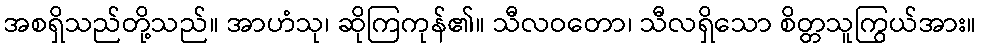
အစရှိသည်တို့သည်။ အာဟံသု၊ ဆိုကြကုန်၏။ သီလဝတော၊ သီလရှိသော စိတ္တသူကြွယ်အား။